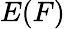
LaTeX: E(F)